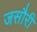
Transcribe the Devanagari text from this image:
जसौरी